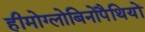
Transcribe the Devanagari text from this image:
हीमोग्लोबिनोपैथियों